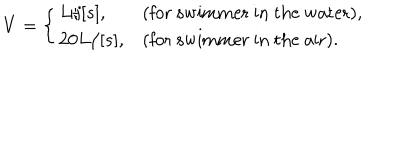
V = \left\{ \begin{array} { l l } { { L / [ s ] , } } & { { \mathrm { ( f o r ~ s w i m m e r ~ i n ~ t h e ~ w a t e r ) , } \nonumber } } \\ { { 2 0 L / [ s ] , } } & { { \mathrm { ( f o r ~ s w i m m e r ~ i n ~ t h e ~ a i r ) . } } } \\ \end{array} \right.